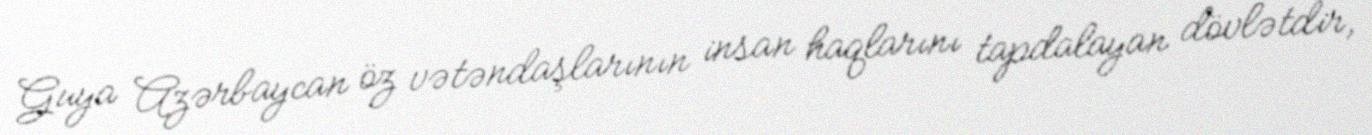
Guya Azərbaycan öz vətəndaşlarının insan haqlarını tapdalayan dövlətdir,